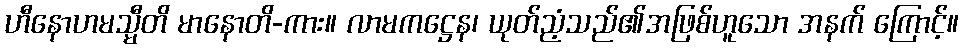
ဟီနောဟမသ္မီတိ မာနောတိ-ကား။ လာမကဋ္ဌေန၊ ယုတ်ညံ့သည်၏အဖြစ်ဟူသော အနက် ကြောင့်။